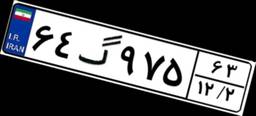
۶۴گ۹۷۵۶۳